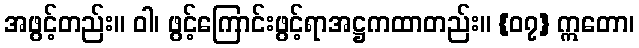
အဖွင့်တည်း။ ဝါ၊ ဖွင့်ကြောင်းဖွင့်ရာအဋ္ဌကထာတည်း။ {၀၇} ဣတော၊